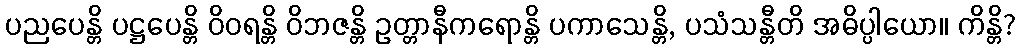
ပညပေန္တိ ပဋ္ဌပေန္တိ ဝိဝရန္တိ ဝိဘဇန္တိ ဥတ္တာနီကရောန္တိ ပကာသေန္တိ, ပသံသန္တီတိ အဓိပ္ပါယော။ ကိန္တိ?